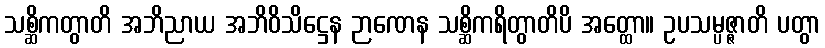
သစ္ဆိကတွာတိ အဘိညာယ အဘိဝိသိဋ္ဌေန ဉာဏေန သစ္ဆိကရိတွာတိပိ အတ္ထော။ ဥပသမ္ပဇ္ဇာတိ ပတွာ